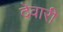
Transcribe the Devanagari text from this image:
देवारी